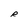
Character: R